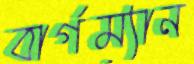
বার্গম্যান